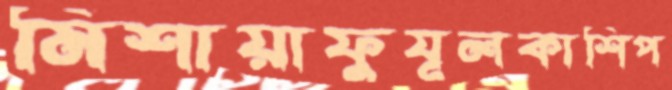
মিশায়াফুযূলকাশিপ